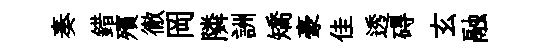
奏錯殯徹岡隣詶矯豪佳透碍玄融